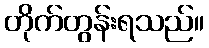
တိုက်တွန်းရသည်။